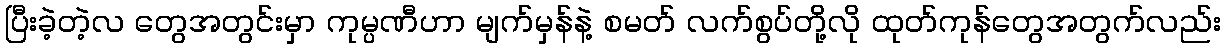
ပြီးခဲ့တဲ့လ တွေအတွင်းမှာ ကုမ္ပဏီဟာ မျက်မှန်နဲ့ စမတ် လက်စွပ်တို့လို ထုတ်ကုန်တွေအတွက်လည်း